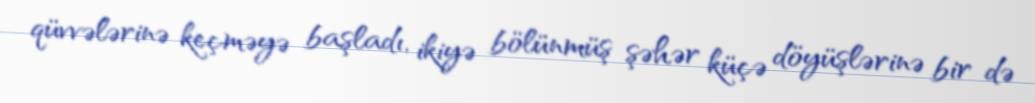
qüvvələrinə keçməyə başladı, ikiyə bölünmüş şəhər küçə döyüşlərinə bir də